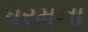
ધરમના